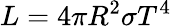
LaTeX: L=4\pi R^{2}\sigma T^{4}